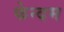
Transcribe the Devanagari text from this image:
फेन्दम